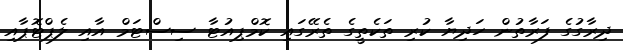
ދިރާގުގެ ފަރާތުން ހަދިޔާ ކުރި ތަކެތީގެ ތެރޭގައި ކޮމްޕިއުޓާ ސިސްޓަމް އާއި ލެޕްޓޮޕާއި